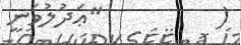
(         "ޢަދުލުވަނީ